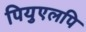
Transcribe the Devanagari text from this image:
पियुएलपि